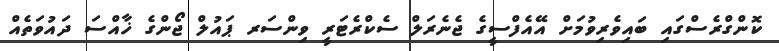
ކޮންގްރެސްގައި ބައިވެރިވުމަށް އޭއެފްސީގެ ޖެނެރަލް ސެކްރެޓަރީ ވިންސަރ ޕައުލް ޖޯންގެ ޚާއްސަ ދައުވަތެއް